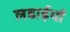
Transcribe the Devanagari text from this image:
लडाईयाँ